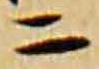
ニ